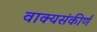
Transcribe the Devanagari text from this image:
वाक्यसंकीर्ण